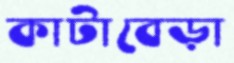
কাটাবেড়া